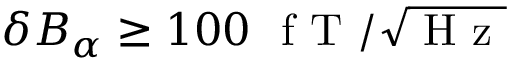
\delta B _ { \alpha } \geq 1 0 0 ~ \mathrm { ~ f ~ T ~ } / \sqrt { \mathrm { ~ H ~ z ~ } }